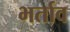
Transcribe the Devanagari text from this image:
भर्ताव